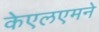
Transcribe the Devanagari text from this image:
केएलएमने